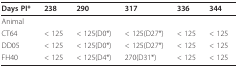
<table><thead><tr><td><b>Days PI*</b></td><td><b>238</b></td><td><b>290</b></td><td><b>317</b></td><td><b>336</b></td><td><b>344</b></td></tr></thead><tbody><tr><td>Animal</td><td>[EMPTY_CELL]</td><td>[EMPTY_CELL]</td><td>[EMPTY_CELL]</td><td>[EMPTY_CELL]</td><td>[EMPTY_CELL]</td></tr><tr><td>CT64</td><td>&lt; 125</td><td>&lt; 125(D0*)</td><td>&lt; 125(D27*)</td><td>&lt; 125</td><td>&lt; 125</td></tr><tr><td>DD05</td><td>&lt; 125</td><td>&lt; 125(D0*)</td><td>&lt; 125(D27*)</td><td>&lt; 125</td><td>&lt; 125</td></tr><tr><td>FH40</td><td>&lt; 125</td><td>&lt; 125(D4*)</td><td>270(D31*)</td><td>&lt; 125</td><td>&lt; 125</td></tr></tbody></table>